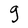
Character: g